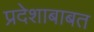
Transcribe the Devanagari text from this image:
प्रदेशाबाबत